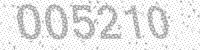
Solution: 005210